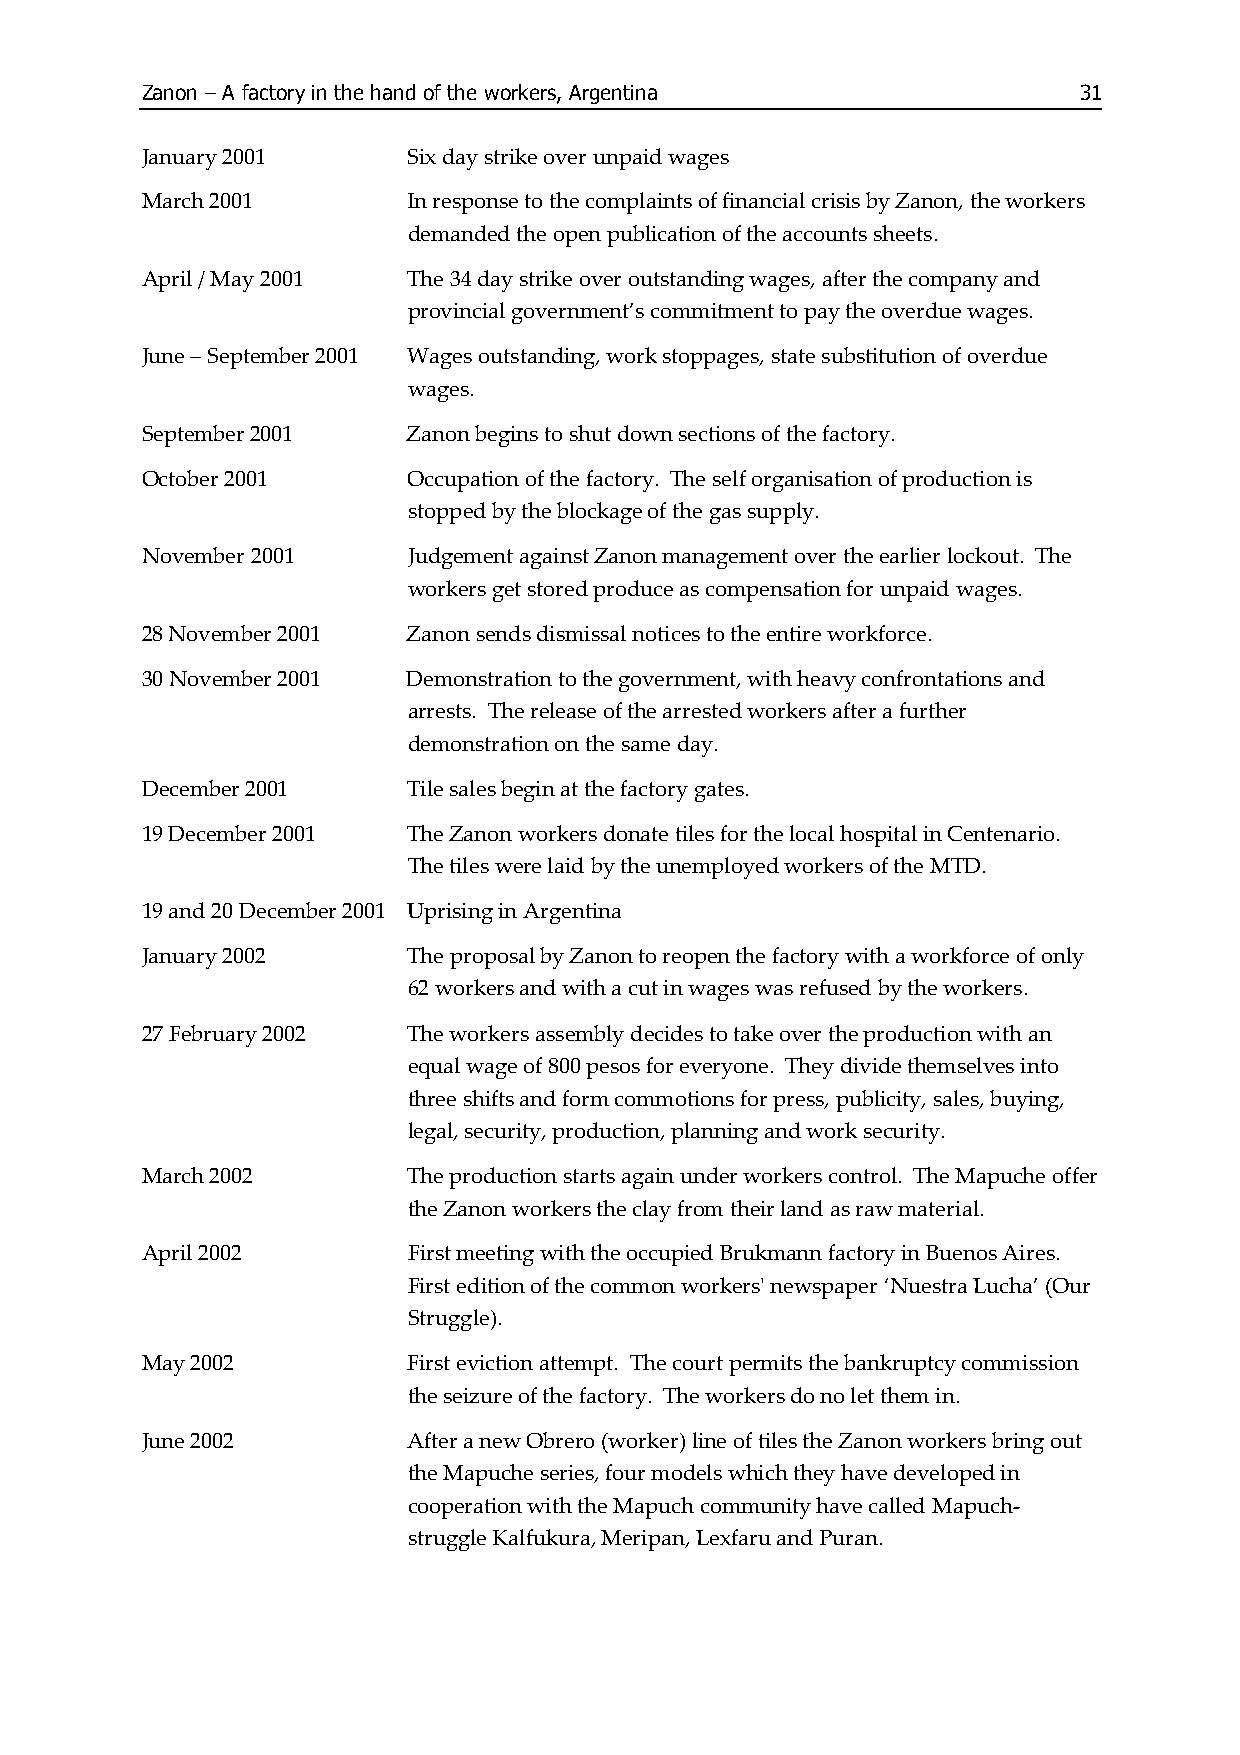
Zanon – A factory in the hand of the workers, Argentina       31
 January 2001      Six day strike over unpaid wages
 March 2001        In response to the complaints of financial crisis by Zanon, the workers
 demanded the open publication of the accounts sheets.
 April / May 2001  The 34 day strike over outstanding wages, after the company and
 provincial government’s commitment to pay the overdue wages.
 June – September 2001 Wages outstanding, work stoppages, state substitution of overdue
 wages.
 September 2001    Zanon begins to shut down sections of the factory.
 October 2001      Occupation of the factory. The self organisation of production is
 stopped by the blockage of the gas supply.
 November 2001     Judgement against Zanon management over the earlier lockout. The
 workers get stored produce as compensation for unpaid wages.
 28 November 2001  Zanon sends dismissal notices to the entire workforce.
 30 November 2001  Demonstration to the government, with heavy confrontations and
 arrests. The release of the arrested workers after a further
 demonstration on the same day.
 December 2001     Tile sales begin at the factory gates.
 19 December 2001  The Zanon workers donate tiles for the local hospital in Centenario.
 The tiles were laid by the unemployed workers of the MTD.
 19 and 20 December 2001 Uprising in Argentina
 January 2002      The proposal by Zanon to reopen the factory with a workforce of only
 62 workers and with a cut in wages was refused by the workers.
 27 February 2002  The workers assembly decides to take over the production with an
 equal wage of 800 pesos for everyone. They divide themselves into
 three shifts and form commotions for press, publicity, sales, buying,
 legal, security, production, planning and work security.
 March 2002        The production starts again under workers control. The Mapuche offer
 the Zanon workers the clay from their land as raw material.
 April 2002        First meeting with the occupied Brukmann factory in Buenos Aires.
 First edition of the common workers' newspaper ‘Nuestra Lucha’ (Our
 Struggle).
 May 2002          First eviction attempt. The court permits the bankruptcy commission
 the seizure of the factory. The workers do no let them in.
 June 2002         After a new Obrero (worker) line of tiles the Zanon workers bring out
 the Mapuche series, four models which they have developed in
 cooperation with the Mapuch community have called Mapuch-
 struggle Kalfukura, Meripan, Lexfaru and Puran.